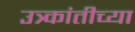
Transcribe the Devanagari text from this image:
उत्र्कांतीच्या